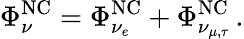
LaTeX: \Phi_{\nu}^{\mathrm{NC}}=\Phi_{\nu_{e}}^{\mathrm{NC}}+\Phi_{\nu_{\mu,\tau}}^{\mathrm{NC}}\, .